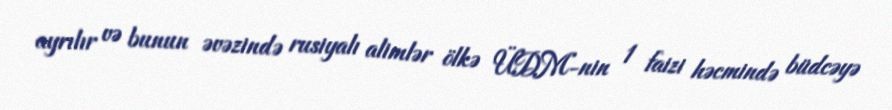
ayrılır və bunun əvəzində rusiyalı alimlər ölkə ÜDM-nin 1 faizi həcmində büdcəyə